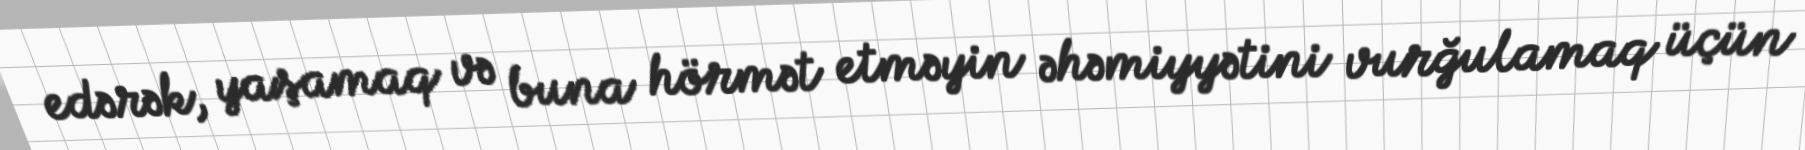
edərək, yaşamaq və buna hörmət etməyin əhəmiyyətini vurğulamaq üçün